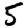
Digit: 5